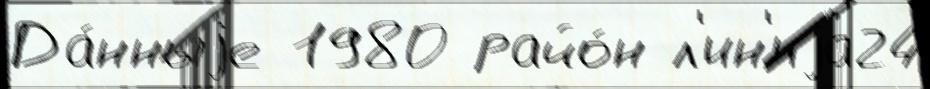
Да́нныjе 1980 райо́н л'ин'иjа24